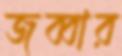
জব্বার